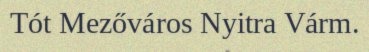
Tót Mezőváros Nyitra Várm.